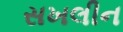
સખલીન